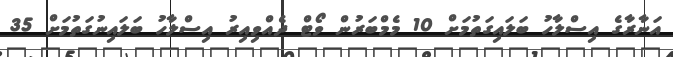
އަނާރާގެ އިސްލާހު ބަލައިގަތުމަށް 10 މެމްބަރުން ވޯޓް ދެއްވިއިރު އިސްލާހު ބަލައިނުގަތުމަށް 35